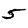
Digit: 5